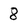
Character: 8